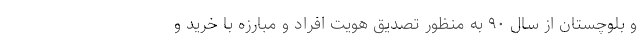
و بلوچستان از سال ۹۰ به منظور تصديق هويت افراد و مبارزه با خريد و